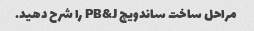
مراحل ساخت ساندویچ PB&J را شرح دهید.